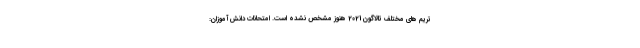
تریم های مختلف تالاگون 2021 هنوز مشخص نشده است. امتحانات دانش آموزان: